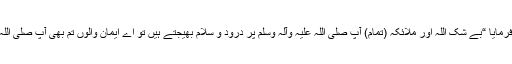
وہ کام ہے جیسے اللہ عزوجل نے قرآن میں فرمایا “بے شک اللہ اور ملائکہ (تمام) آپ صلی اللہ علیہ وآلہ وسلم پر درود و سلام بھیجتے ہیں تو اے ایمان والوں تم بھی آپ صلی اللہ علیہ وآلہ وسلم پر درود و سلام بھیجتے رہو۔